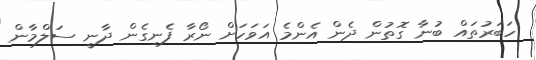
ހަބަރުތައް ބުނާ ގޮތުން ދެން އެންމެ އަވަހަށް ނޯރާ ފެނިގެން ދާނީ ސަލްމާން